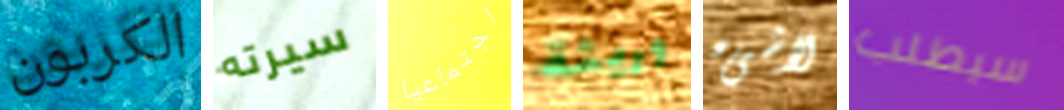
الكربون سيرته اجتماعيا وريثة لاشىء سيطلب